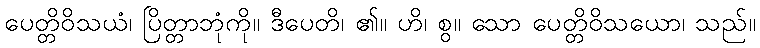
ပေတ္တိဝိသယံ၊ ပြိတ္တာဘုံကို။ ဒီပေတိ၊ ၏။ ဟိ၊ စွ။ သော ပေတ္တိဝိသယော၊ သည်။